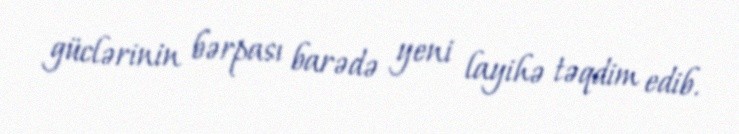
güclərinin bərpası barədə yeni layihə təqdim edib.